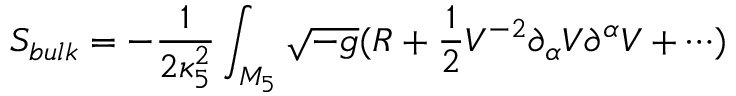
S _ { b u l k } = - \frac { 1 } { 2 \kappa _ { 5 } ^ { 2 } } \int _ { M _ { 5 } } { \sqrt { - g } ( R + \frac { 1 } { 2 } V ^ { - 2 } \partial _ { \alpha } V \partial ^ { \alpha } V + \cdots ) }